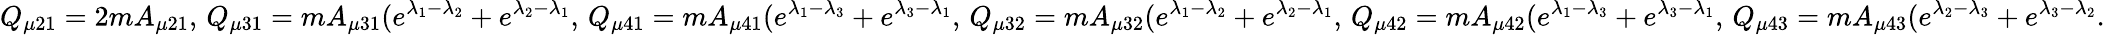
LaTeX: Q_{\mu 21}=2mA_{\mu 21},\, Q_{\mu 31}=mA_{\mu 31}(e^{\lambda_{1}-\lambda_{2}}+e^{\lambda_{2}-\lambda_{1}},\, Q_{\mu 41}=mA_{\mu 41}(e^{\lambda_{1}-\lambda_{3}}+e^{\lambda_{3}-\lambda_{1}},\, Q_{\mu 32}=mA_{\mu 32}(e^{\lambda_{1}-\lambda_{2}}+e^{\lambda_{2}-\lambda_{1}},\, Q_{\mu 42}=mA_{\mu 42}(e^{\lambda_{1}-\lambda_{3}}+e^{\lambda_{3}-\lambda_{1}},\, Q_{\mu 43}=mA_{\mu 43}(e^{\lambda_{2}-\lambda_{3}}+e^{\lambda_{3}-\lambda_{2}}.